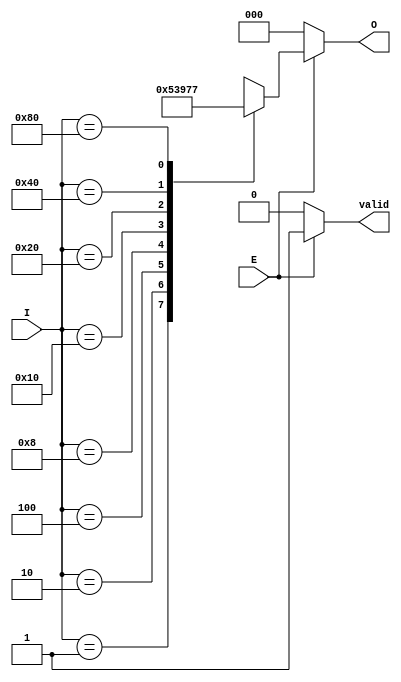
module octal_to_binary_encoder (
    input wire [7:0] I,   // 8 input lines (I0 to I7)
    input wire E,         // Enable signal
    output reg [2:0] O,   // 3 output lines (O2, O1, O0)
    output reg valid       // Output valid signal
);

    always @(*) begin
        if (E) begin
            case (I)
                8'b00000001: O = 3'b000; // I0
                8'b00000010: O = 3'b001; // I1
                8'b00000100: O = 3'b010; // I2
                8'b00001000: O = 3'b011; // I3
                8'b00010000: O = 3'b100; // I4
                8'b00100000: O = 3'b101; // I5
                8'b01000000: O = 3'b110; // I6
                8'b10000000: O = 3'b111; // I7
                default: O = 3'bxxx;      // Undefined state for multiple inputs
            endcase
            valid = 1; // Output is valid when E is high
        end else begin
            O = 3'b000; // Output can be set to a defined state when E is low
            valid = 0;  // Output is not valid when E is low
        end
    end

endmodule